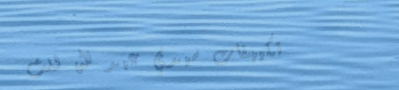
تكييفات سيدي عبد الله للت